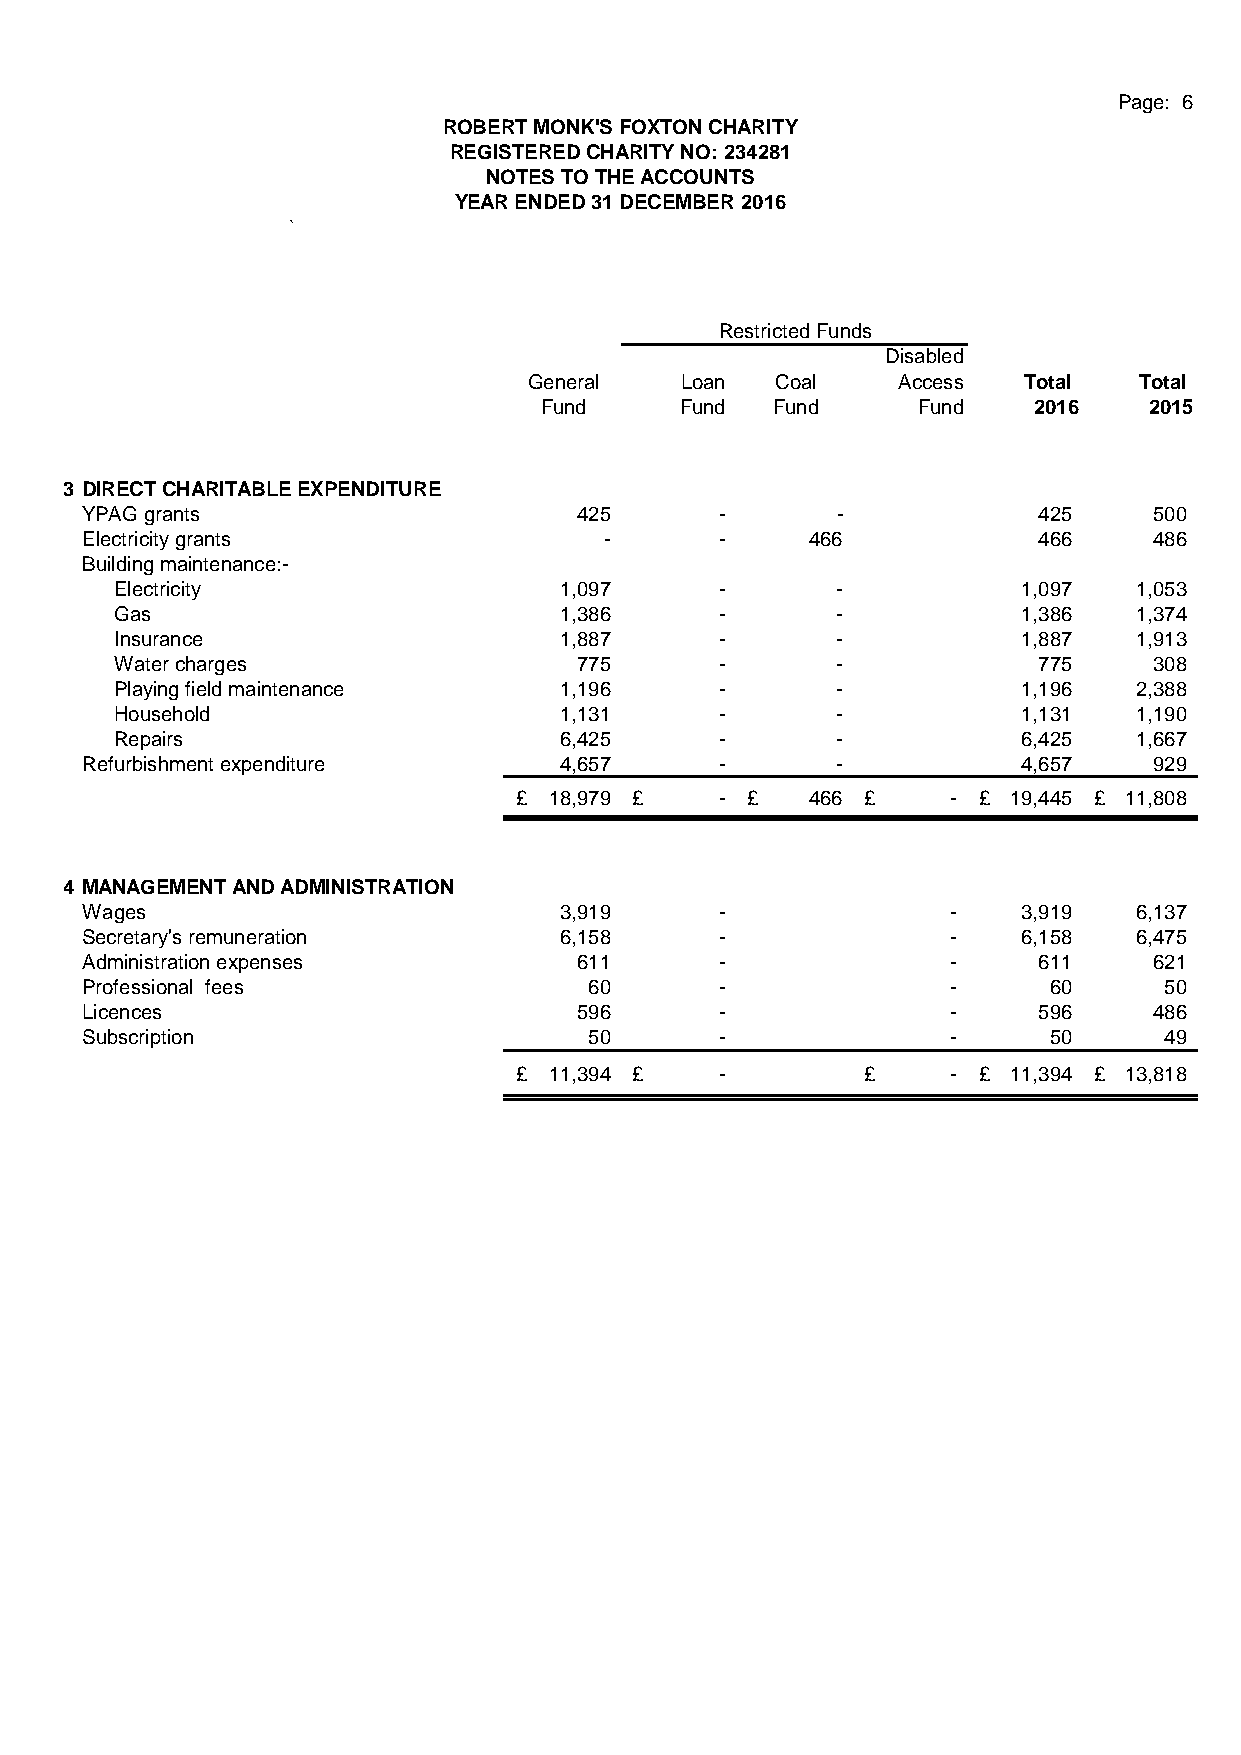
Page: 6
 ROBERT MONK'S FOXTON CHARITY
 REGISTERED CHARITY NO: 234281
 NOTES TO THE ACCOUNTS
 YEAR ENDED 31 DECEMBER 2016
 `
 Restricted Funds
 Disabled
 General   Loan  Coal    Access   Total  Total
 Fund     Fund  Fund      Fund   2016    2015
 3 DIRECT CHARITABLE EXPENDITURE
 YPAG grants                      425       -      -             425    500
 Electricity grants                 -       -    4 66            466    486
 Building maintenance:-
 Electricity                  1 ,097     -      -            1,097  1,053
 Gas                          1 ,386     -      -            1,386  1,374
 Insurance                    1 ,887     -      -            1,887  1,913
 Water charges                 775       -      -             775    308
 Playing field maintenance    1 ,196     -      -            1,196  2,388
 Household                    1 ,131     -      -            1,131  1,190
 Repairs                      6 ,425     -      -            6,425  1,667
 Refurbishment expenditure       4 ,657     -      -            4,657   929
 £ 1 8,979 £   - £  466 £     - £ 19,445 £ 11,808
 4 MANAGEMENT AND ADMINISTRATION
 Wages                           3 ,919     -              -    3,919  6,137
 Secretary's remuneration        6 ,158     -              -    6,158  6,475
 Administration expenses          611       -              -     611    621
 Professional fees                 60       -              -     60      50
 Licences                         596       -              -     596    486
 Subscription                      50       -              -     50      49
 £ 1 1,394 £   -        £     - £ 11,394 £ 13,818